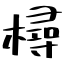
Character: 樳